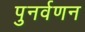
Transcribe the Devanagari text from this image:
पुनर्वणन